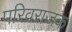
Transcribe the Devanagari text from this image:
परिव्रराजक